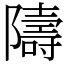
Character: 隯